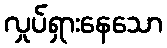
လှုပ်ရှားနေသော